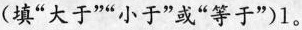
(填“大于”“小于”或“等于”)1。